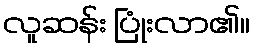
လူဆန်း ပြုံးလာ၏။